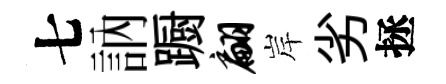
七訥蹰翩岸劣拯